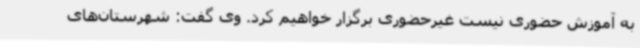
به آموزش حضوری نیست غیرحضوری برگزار خواهیم کرد. وی گفت: شهرستان‌های